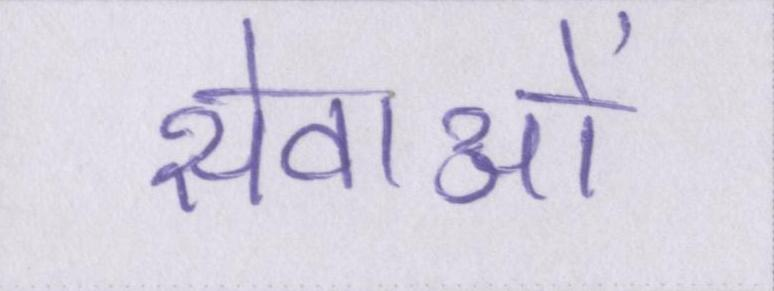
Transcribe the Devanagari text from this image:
सेवाओं